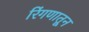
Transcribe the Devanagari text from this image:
रिंगणातून